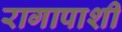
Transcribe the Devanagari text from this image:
रागापाशी